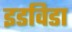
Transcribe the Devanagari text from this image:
इडविडा